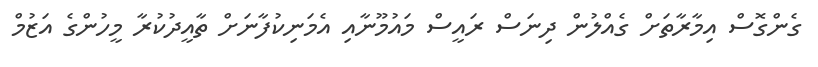
ގެންގޮސް އިމާރާތަށް ގެއްލުން ދިނަސް ރައީސް މައުމޫނާއި އެމަނިކުފާނަށް ތާއީދުކުރާ މީހުންގެ އަޒުމް